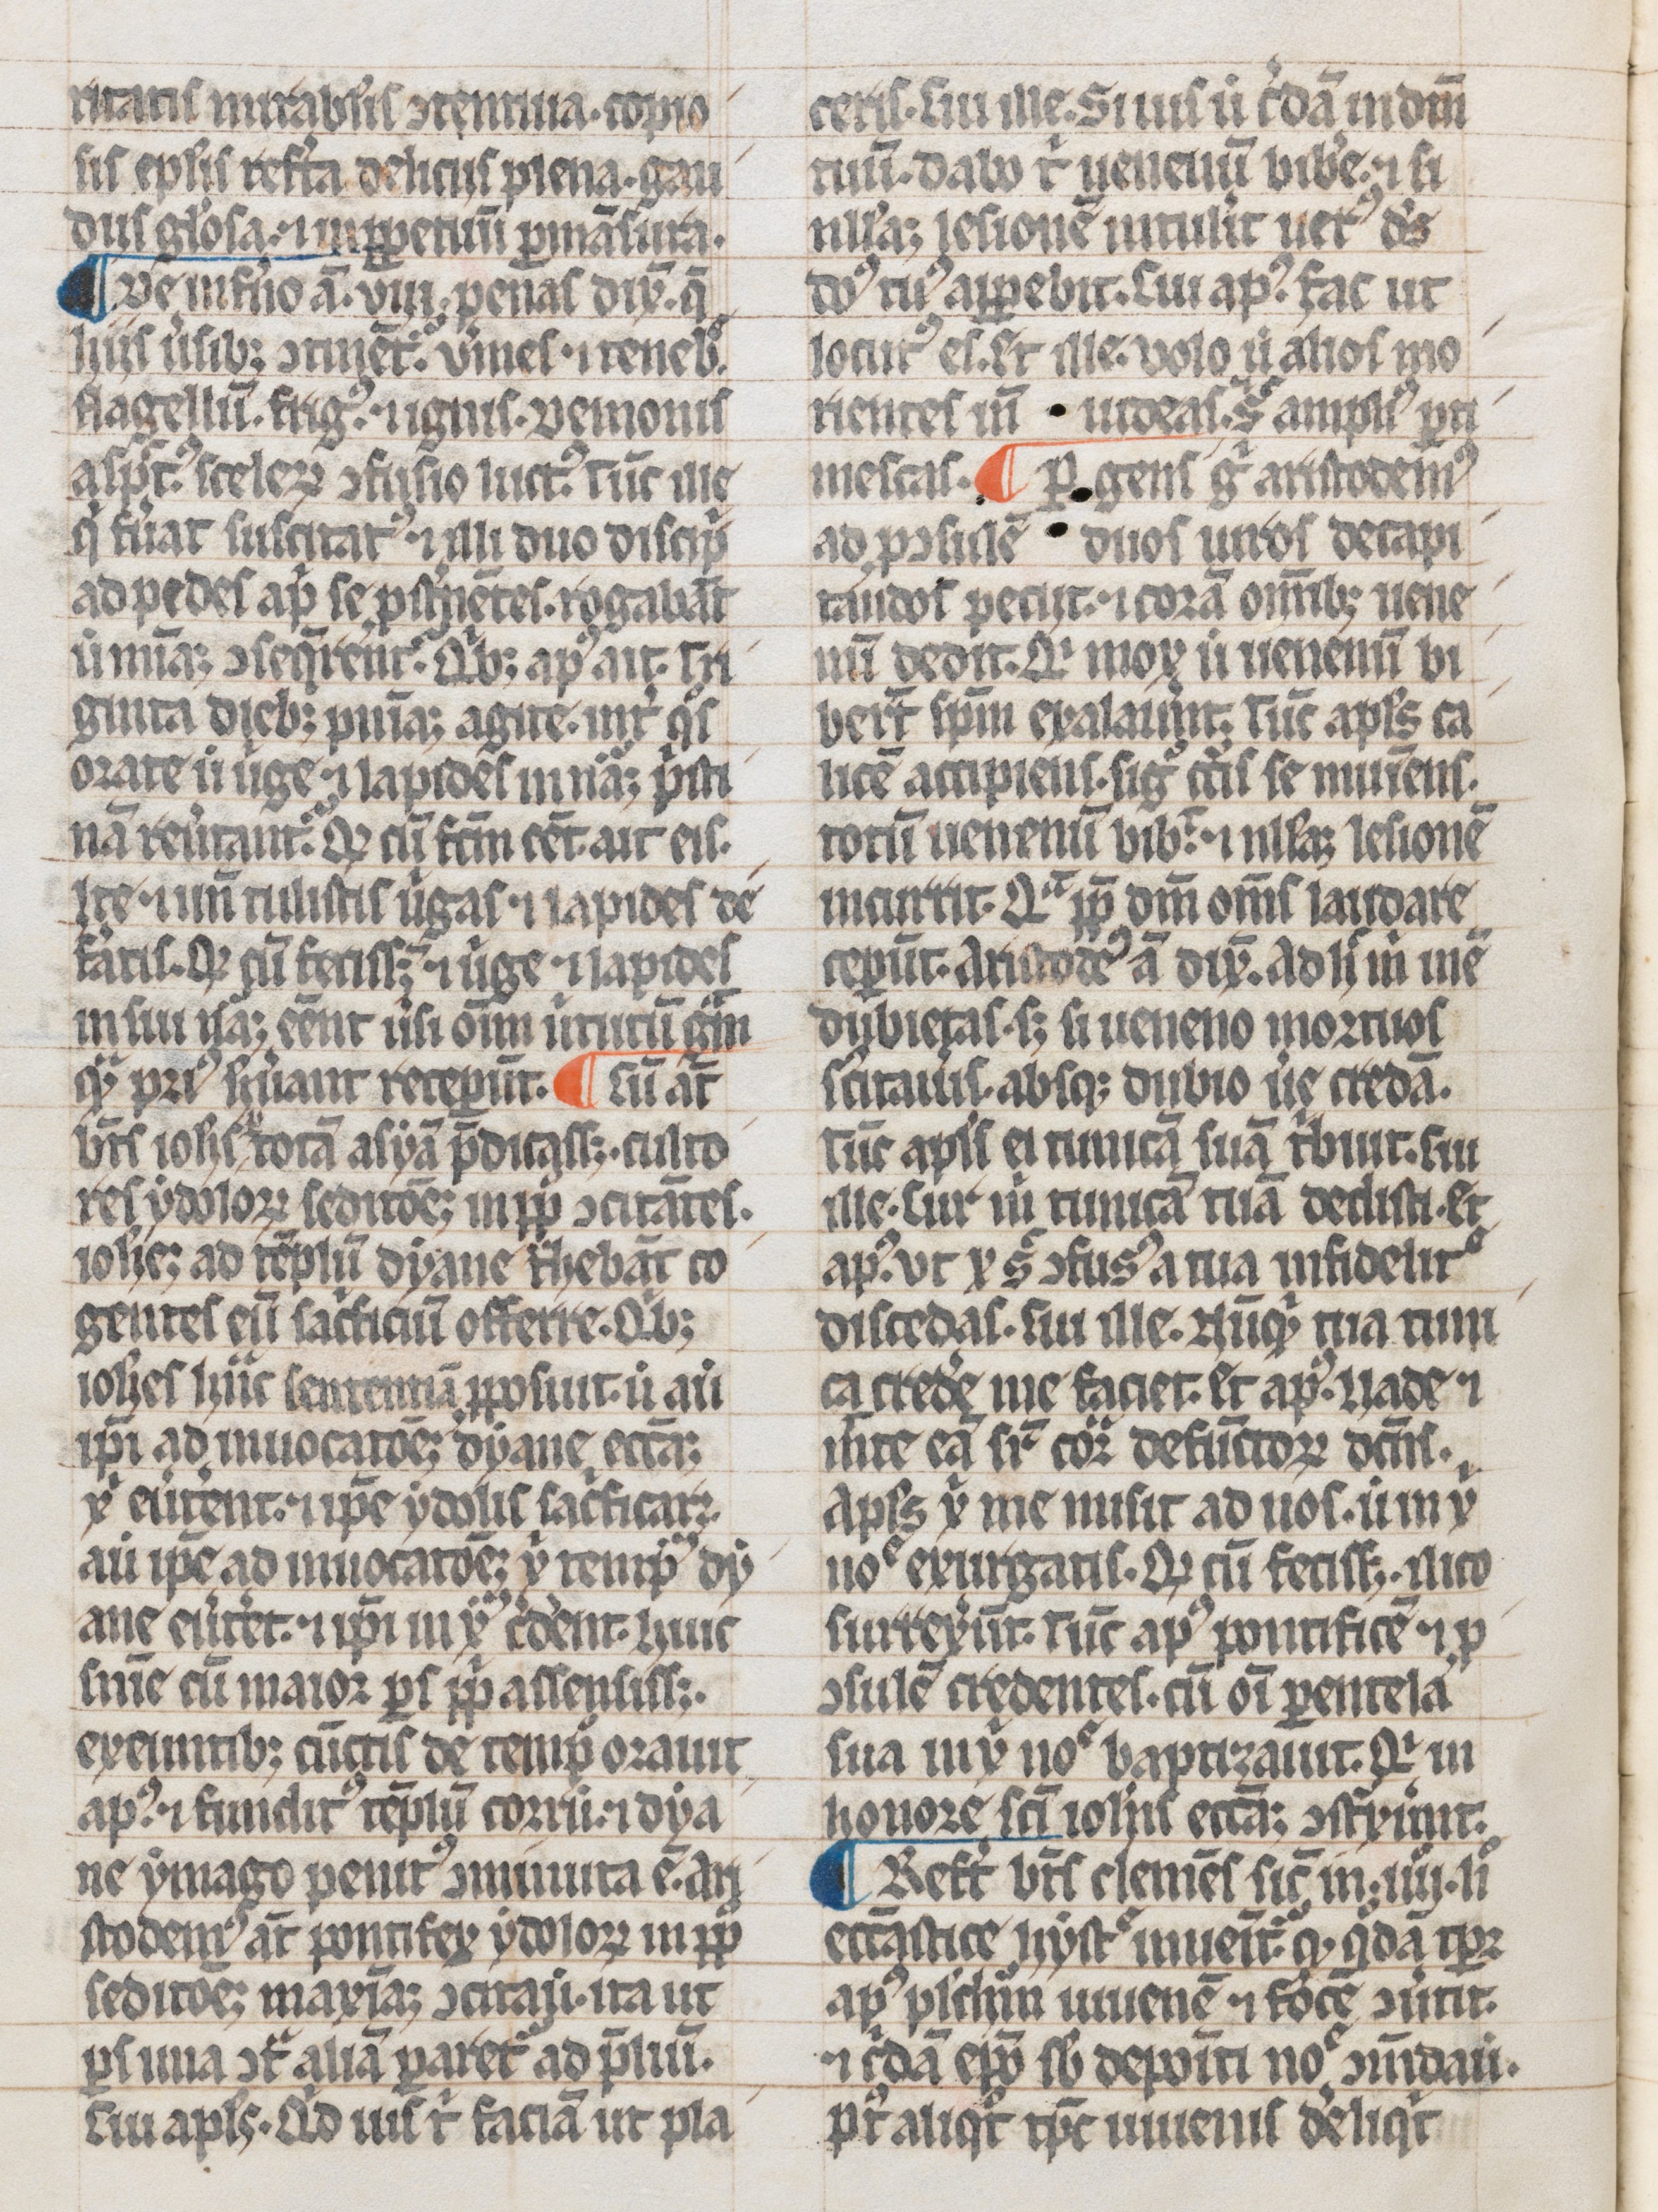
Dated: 1300–1399